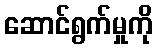
ဆောင်ရွက်မှုကို